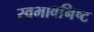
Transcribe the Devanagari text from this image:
स्वभावनिष्ट